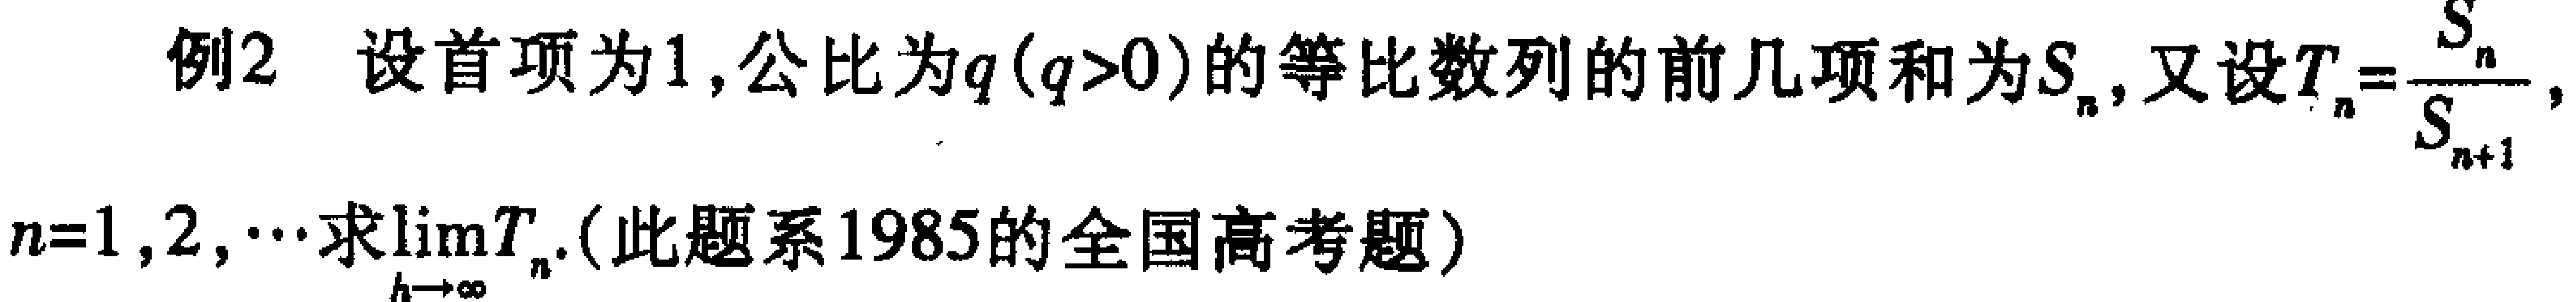
例2 设首项为1,公比为\(q(q > 0)\)的等比数列的前几项和为\(S_{n}\),又设\(T_{n}=\frac{S_{n}}{S_{n + 1}}\),
\(n = 1,2,\cdots\)求\(\lim\limits_{n\rightarrow\infty}T_{n}\).(此题系1985的全国高考题)